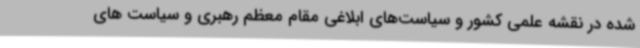
شده در نقشه علمی کشور و سیاست‌های ابلاغی مقام معظم رهبری و سیاست های